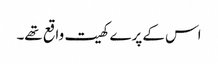
اس کے پرے کھیت واقع تھے۔